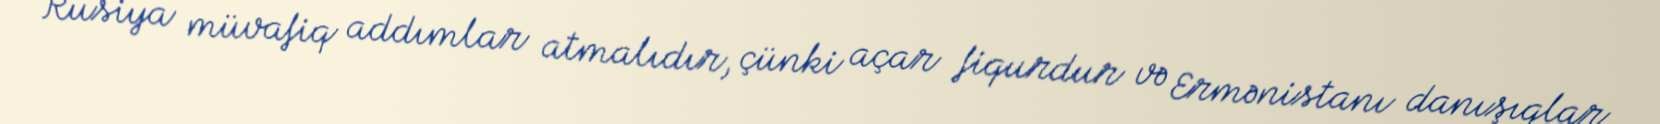
Rusiya müvafiq addımlar atmalıdır, çünki açar fiqurdur və Ermənistanı danışıqlar